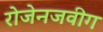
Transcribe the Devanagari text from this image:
रोजेनजवीग